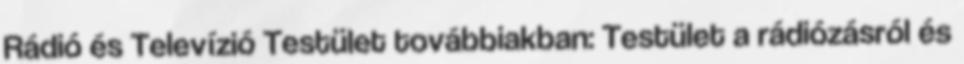
Rádió és Televízió Testület továbbiakban: Testület a rádiózásról és